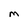
Character: M